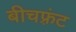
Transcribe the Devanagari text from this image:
बीचफ़्रंट